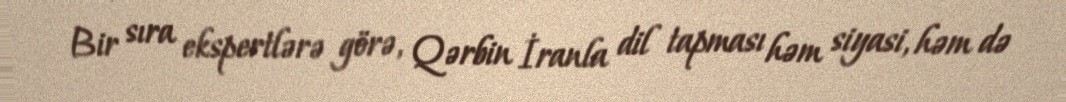
Bir sıra ekspertlərə görə, Qərbin İranla dil tapması həm siyasi, həm də